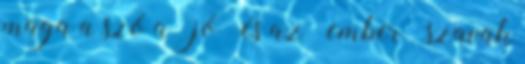
maga a szó a ’jó’ és az ’ember’ szavak